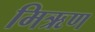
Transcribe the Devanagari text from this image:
मिऋण